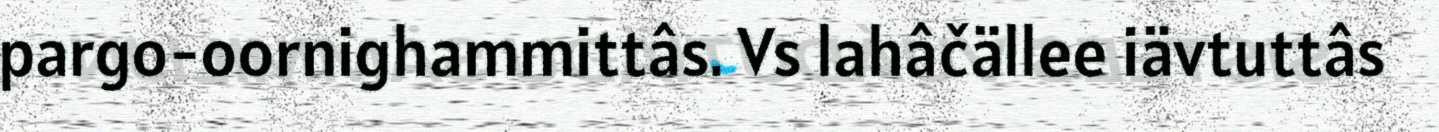
pargo-oornighammittâs. Vs lahâčällee iävtuttâs